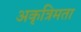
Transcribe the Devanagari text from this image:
अकृत्रिमता